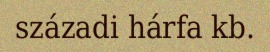
századi hárfa kb.